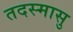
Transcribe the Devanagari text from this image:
तदस्मासु